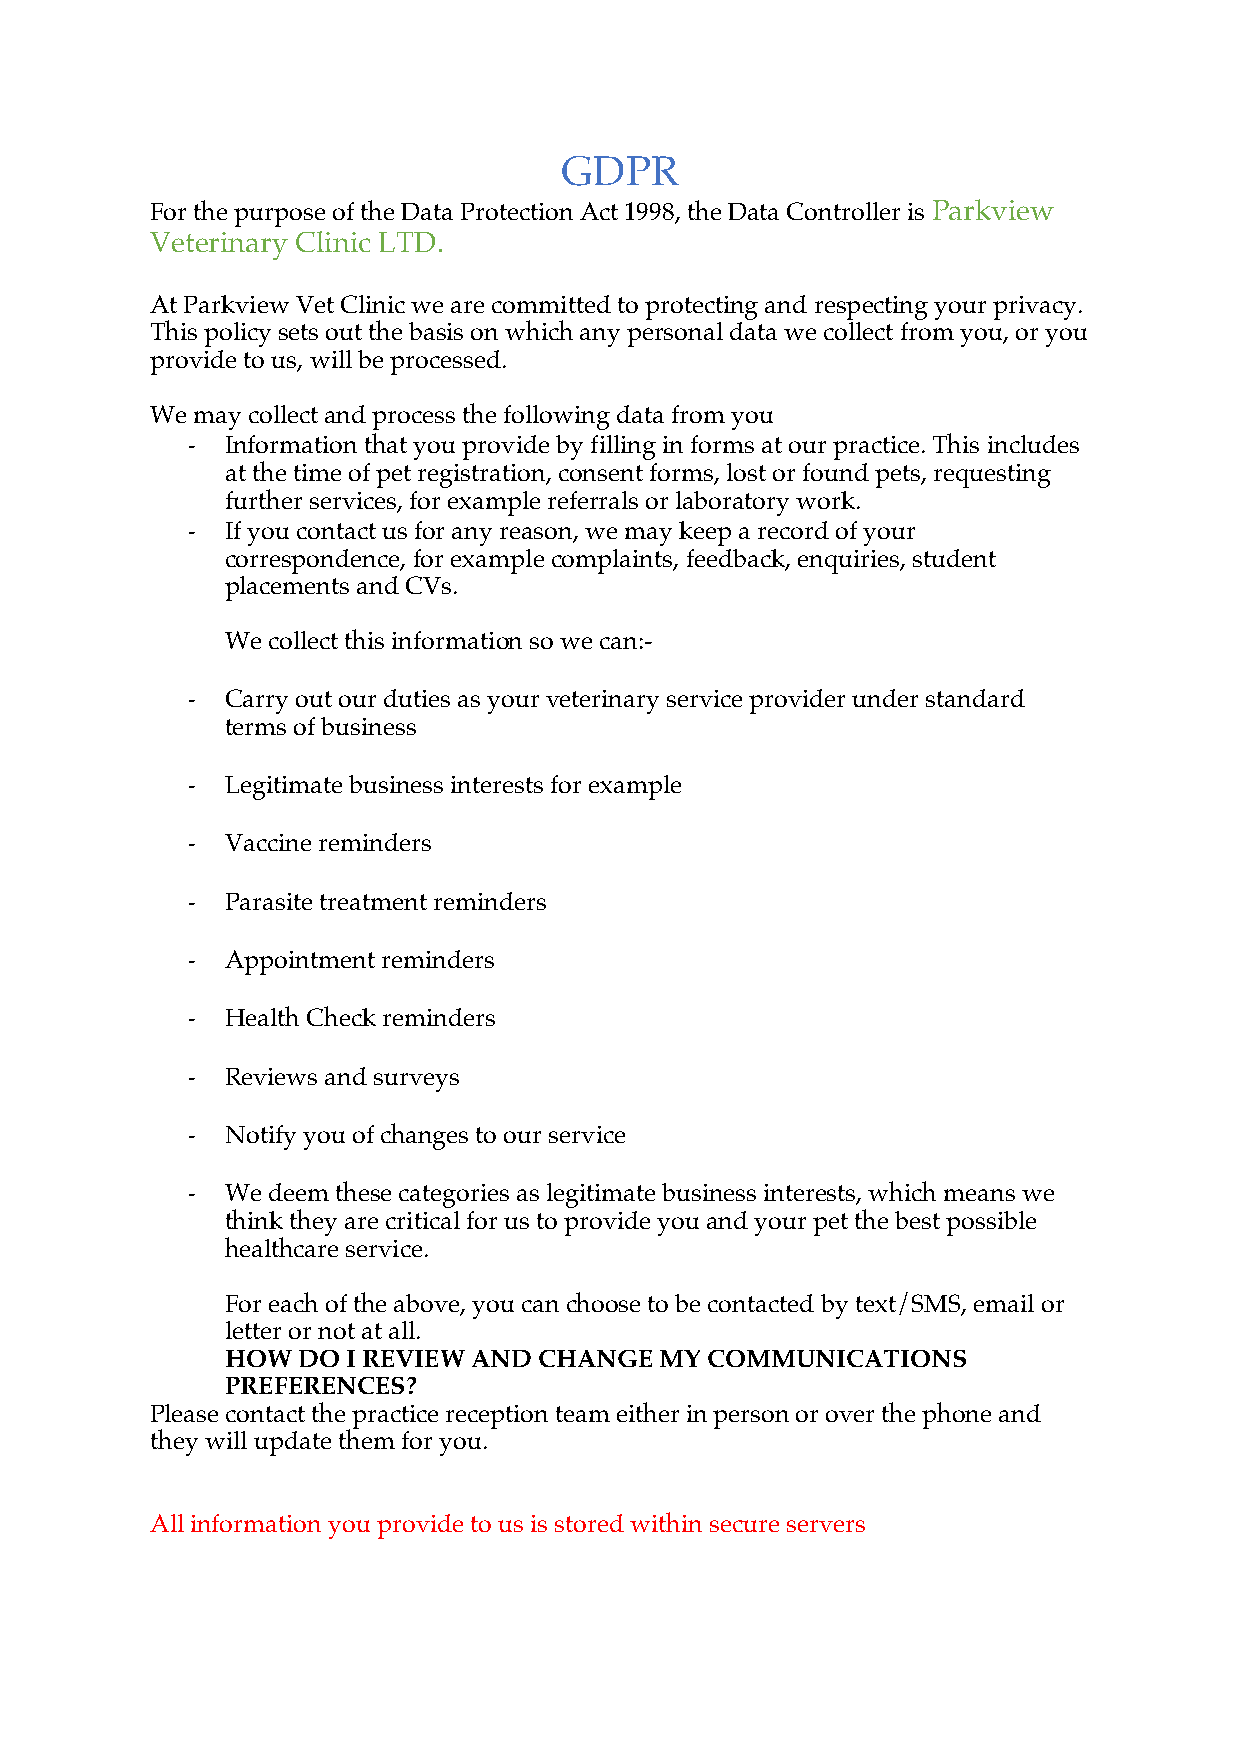
GDPR
 For the purpose of the Data Protection Act 1998, the Data Controller is Parkview
 Veterinary Clinic LTD.
 At Parkview Vet Clinic we are committed to protecting and respecting your privacy.
 This policy sets out the basis on which any personal data we collect from you, or you
 provide to us, will be processed.
 We may collect and process the following data from you
 -  Information that you provide by filling in forms at our practice. This includes
 at the time of pet registration, consent forms, lost or found pets, requesting
 further services, for example referrals or laboratory work.
 -  If you contact us for any reason, we may keep a record of your
 correspondence, for example complaints, feedback, enquiries, student
 placements and CVs.
 We collect this information so we can:-
 -  Carry out our duties as your veterinary service provider under standard
 terms of business
 -  Legitimate business interests for example
 -  Vaccine reminders
 -  Parasite treatment reminders
 -  Appointment reminders
 -  Health Check reminders
 -  Reviews and surveys
 -  Notify you of changes to our service
 -  We deem these categories as legitimate business interests, which means we
 think they are critical for us to provide you and your pet the best possible
 healthcare service.
 For each of the above, you can choose to be contacted by text/SMS, email or
 letter or not at all.
 HOW  DO I REVIEW AND CHANGE  MY COMMUNICATIONS
 PREFERENCES?
 Please contact the practice reception team either in person or over the phone and
 they will update them for you.
 All information you provide to us is stored within secure servers